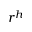
r ^ { h }